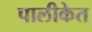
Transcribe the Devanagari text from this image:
पालीकेत